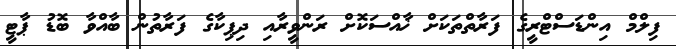
ފިލްމް އިންޑަސްޓްރީގެ ފަރާތްތަކަށް ޚާއްސަކޮށް ރަންވީރާއި ދިޕިކާގެ ފަރާތުން ބާއްވާ ބޮޑު ޕާޓީ